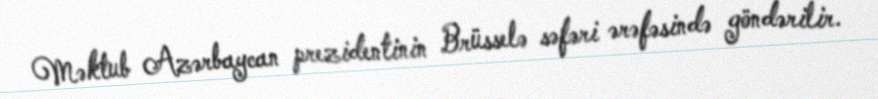
Məktub Azərbaycan prezidentinin Brüsselə səfəri ərəfəsində göndərilir.